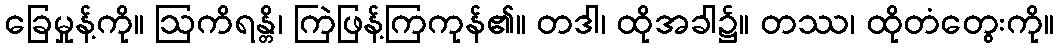
ခြေမှုန့်ကို။ ဩကိရန္တိ၊ ကြဲဖြန့်ကြကုန်၏။ တဒါ၊ ထိုအခါ၌။ တဿ၊ ထိုတံတွေးကို။